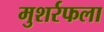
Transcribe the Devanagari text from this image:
मुशर्रफला